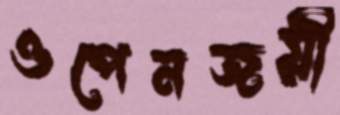
ওপেনজয়ী